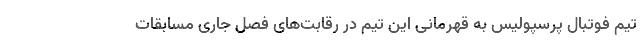
تیم فوتبال پرسپولیس به قهرمانی این تیم در رقابت‌های فصل جاری مسابقات